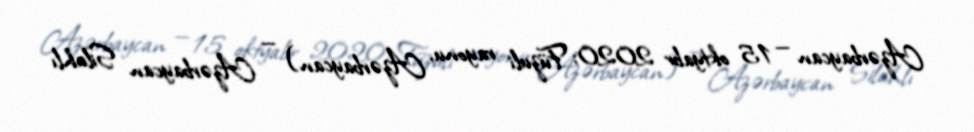
Azərbaycan — 15 oktyabr 2020; Füzuli rayonu, Azərbaycan) — Azərbaycan Silahlı